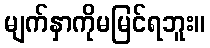
မျက်နှာကိုမမြင်ရဘူး။